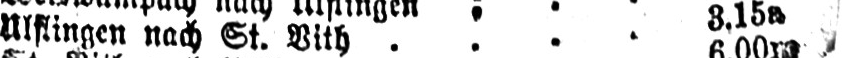
Ulflingen nach St. Vith .... 3.15a